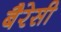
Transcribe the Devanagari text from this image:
बैरेसी